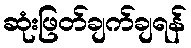
ဆုံးဖြတ်ချက်ချရန်